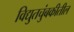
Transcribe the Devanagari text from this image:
विद्युतचुंबकीतील